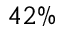
4 2 \%